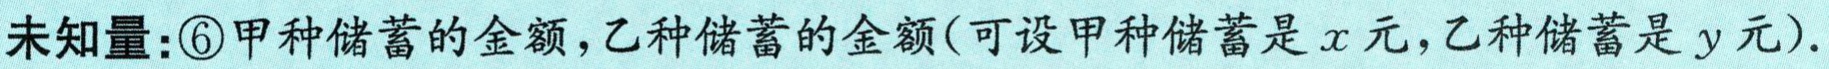
未知量：\textcircled{6}甲种储蓄的金额，乙种储蓄的金额(可设甲种储蓄是\(x\)元，乙种储蓄是\(y\)元).